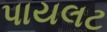
પાયલટ